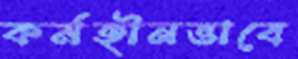
কর্মহীনভাবে